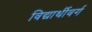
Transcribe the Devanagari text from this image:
विद्यार्थीवर्ग